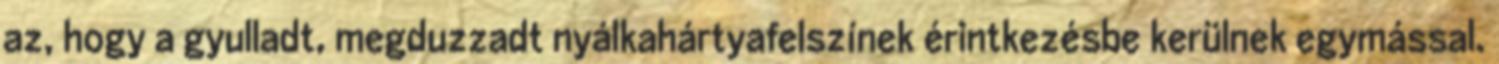
az, hogy a gyulladt, megduzzadt nyálkahártyafelszínek érintkezésbe kerülnek egymással.